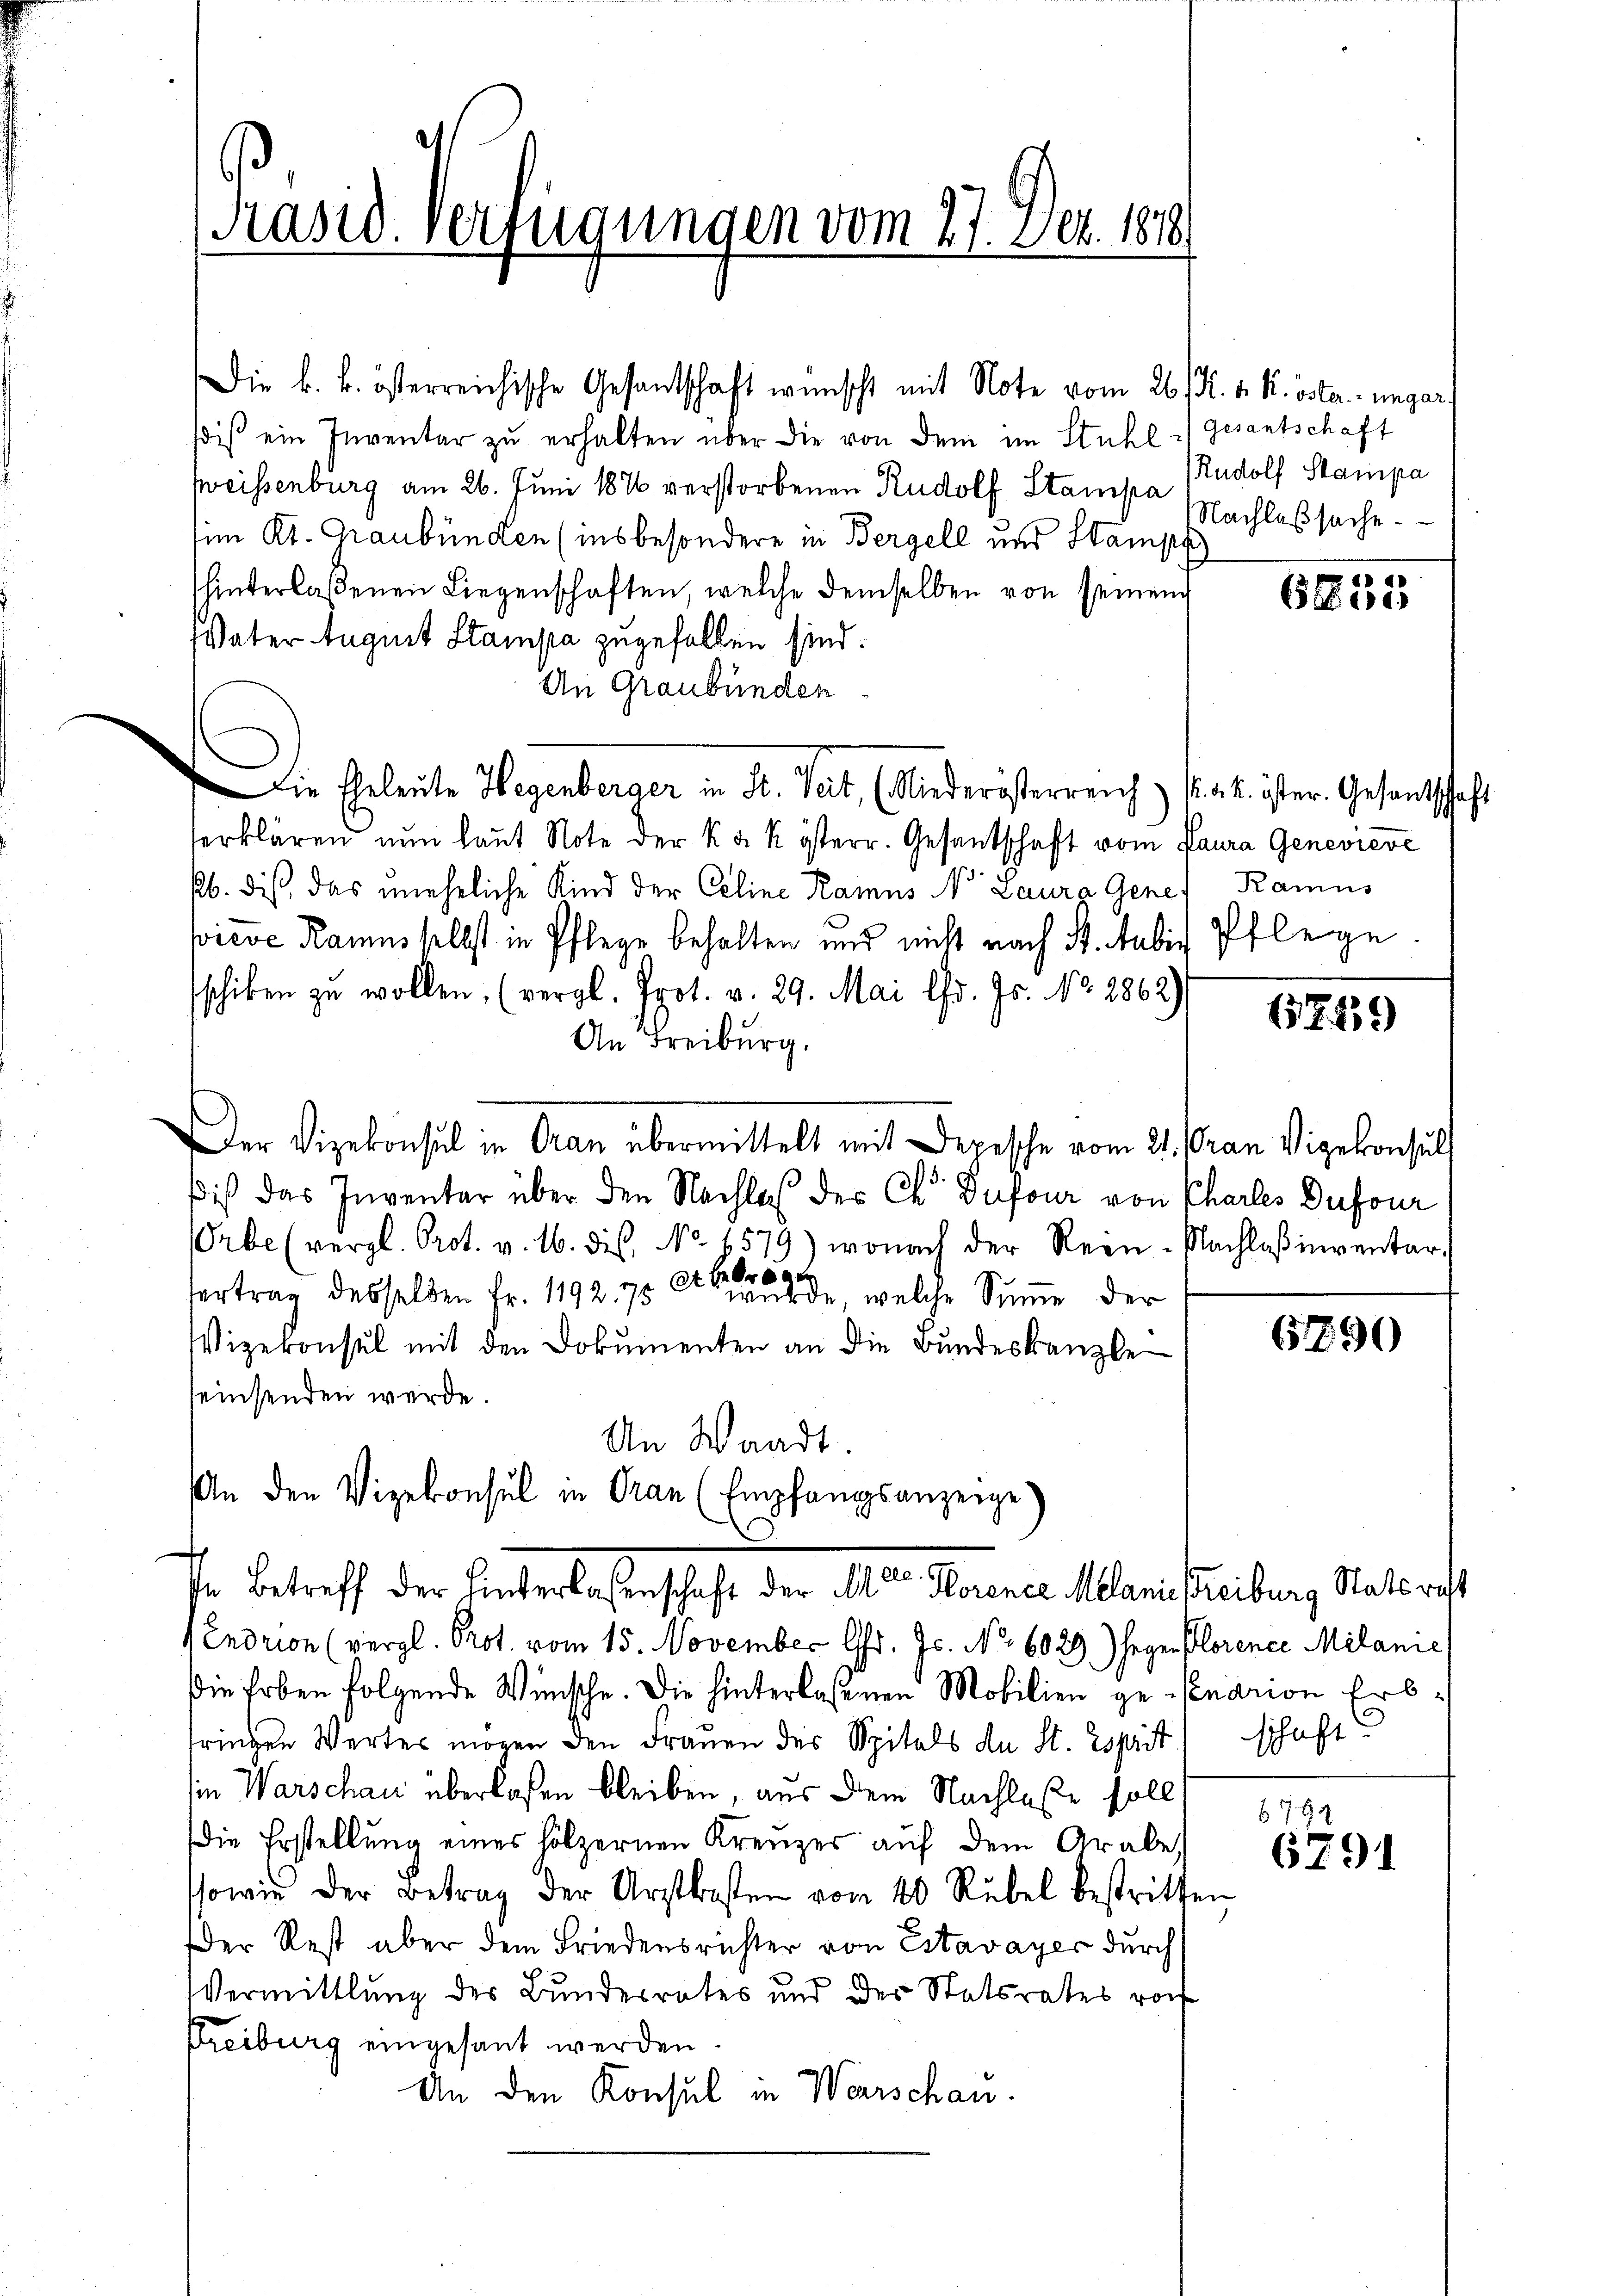
Präsid. Verfügungen vom 27. Dez. 1818

Die k. k. österreichische Gesantschaft wünscht mit Note vom 26. M. v. K. öster ungar
sdiβ ein Inventar zŭ erhalten über die von dem im Stuhl :/ gesantschaft
weissenburg am 26. Juni 1876 verstorbenen Rudolf Stampa
im Kt. Graubünden (insbesondere in Bergell und Stampf
hinterlaßenen Liegenschaften, welche demselben von seinem
Vater August Stampa zugefallen sind.
An Graubünden
Die Eheleute Hegenberger in Fr. Seit, (Niederösterreich 1. d. M. ister. Gesantschaft
serklären nun laut Note der k. k. österr. Gesantschaft vom Paura Genevieve
pb. dis, das uneheliche Kind der Celine Rainus Nr. Laura Gene
sicve Ramus selbst in Pflege behalten und nicht nach St. Habis Pflege
schiken zu wollen. (vergl. Prot. v. 29. Mai l. Js. No. 2862)
An Freiburg.
Der Vizekonsul in Oran übermittelt mit Depesche vom 21. Oran Vizekonsuls
diß das Inventar über den Nachlaß der Ch. Dufour von Chartes Dufour
Orbe (vergl. Prot. v. 16. dis, No. 4579) wonach der Rein-Nachlaβinventar

Vertrag desselben Fr. 1192. 75 wurde, welche Summe der
Vizekonsul mit den Dokumenten an die Bundeskanzle
seinsenden werde.
An Waadt.
An den Vizekonsul in Gran (Empfangsanzeige
In Betreff der Hinterlaßenschaft der Mar. Horence Melanie Freiburg Stats rest
(Endrion (vergl. Prot. vom 15. November Chr. Js. No. 6029) hegen Florence Milanie
die Erben folgende Wünsche. Die hinterlassenen Mobilien ge-Venarion Erbfringen Wertes mögen den Frauen des Spitals de St. Esprit schaftin Warschau überlaßen bleiben, aus dem Nachlaße soll
die Erstellung eines hölzernen Kreuzer auf dem Grabe,
sowie der Betrag der Arztkosten vom 40 Rübel bestritten
Der Rest aber dem Friedensrichter von Estavayer durch
VVermittlung der Bundesrates und der Statsrates roh
Freiburg eingesant werden.
An den Konsul in Warschau.

Rudolf Stampa
Nachlaßsache.

6855

Kamus

157. 439

6790

679 x
6791